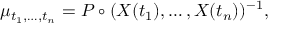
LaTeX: \mu _ { t _ { 1 } , \dots , t _ { n } } = P \circ ( X ( { t _ { 1 } } ) , \dots , X ( { t _ { n } } ) ) ^ { - 1 } ,